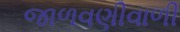
જાળવણીવાળી